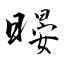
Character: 暥